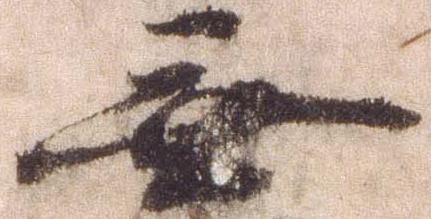
無